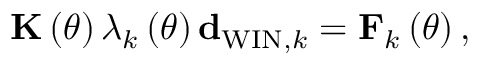
{ \bf K } \left( \theta \right) \lambda _ { k } \left( \theta \right) { \bf d } _ { \mathrm { W I N } , k } = { \bf F } _ { k } \left( \theta \right) ,